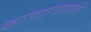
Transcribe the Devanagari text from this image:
करणार्‍यासाथी